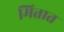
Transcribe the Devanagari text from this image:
मितात